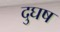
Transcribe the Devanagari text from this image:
दुघष